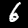
Digit: 6